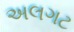
અલગટ